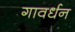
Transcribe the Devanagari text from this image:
गावर्धन